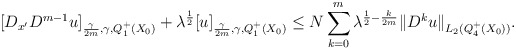
\begin{align*}[D_{x^\prime}D^{m-1} u]_{\frac{\gamma}{2m},\gamma, Q_1^+(X_0)}+\lambda^{\frac{1}{2}}[u]_{\frac{\gamma}{2m},\gamma, Q_1^+(X_0)} \le N\sum_{k=0}^m\lambda^{\frac{1}{2}-\frac{k}{2m}}\|D^k u\|_{L_2(Q_4^+(X_0))}.\end{align*}